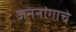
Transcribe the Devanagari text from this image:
जननांगाचे